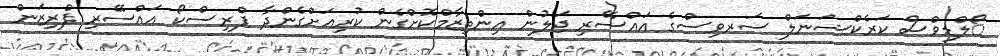
ޯލްޑިވްސް ކަރެކްޝަނަލް ސަރވިސްގެ އައްސޭރި ޖަލުން އިންތިޒާމްކޮށްގެން ކުރިއަށްގެންދާ ޕްރިސްކޯ އައްސޭރި ޕްރިޒަން